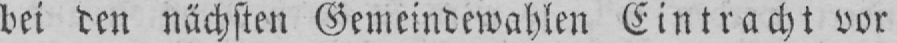
bei den nächsten Gemeindewahlen Eintracht vor